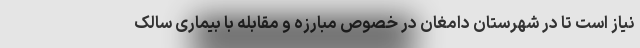
نیاز است تا در شهرستان دامغان در خصوص مبارزه و مقابله با بیماری سالک